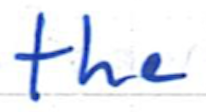
Text: the
Cross-out: clean
Writing tool: ballpoint